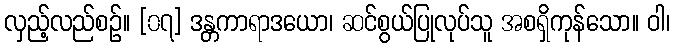
လှည့်လည်စဉ်။ [၀၇] ဒန္တကာရာဒယော၊ ဆင်စွယ်ပြုလုပ်သူ အစရှိကုန်သော။ ဝါ၊